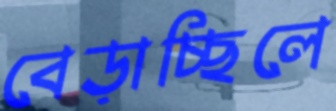
বেড়াচ্ছিলে